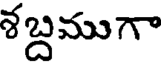
శబ్దముగా